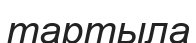
тартыла